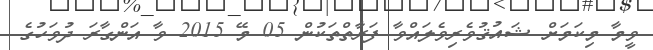
ވީމާ މިކަމަށް ޝައުޤުވެރިވެލައްވާ ފަރާތްތަކުން 05 މޭ 2015 ވާ އަންގާރަ ދުވަހުގެ